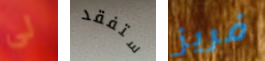
لي ستفقد فريز